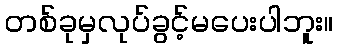
တစ်ခုမှလုပ်ခွင့်မပေးပါဘူး။